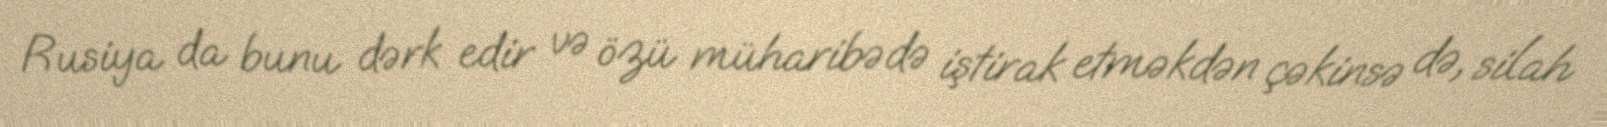
Rusiya da bunu dərk edir və özü müharibədə iştirak etməkdən çəkinsə də, silah